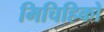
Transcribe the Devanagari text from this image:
मिचिहिको